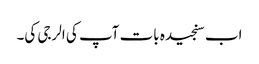
اب سنجیدہ بات آپ کی الرجی کی۔